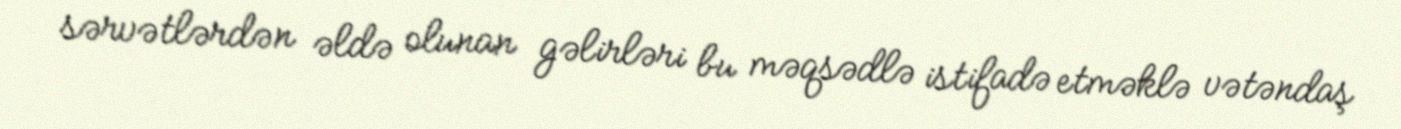
sərvətlərdən əldə olunan gəlirləri bu məqsədlə istifadə etməklə vətəndaş